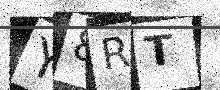
Text: Y8RT